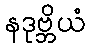
နဒုဗ္ဘိယံ